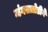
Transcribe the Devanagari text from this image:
जंगलतोडीने